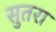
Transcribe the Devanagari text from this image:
सुतरा